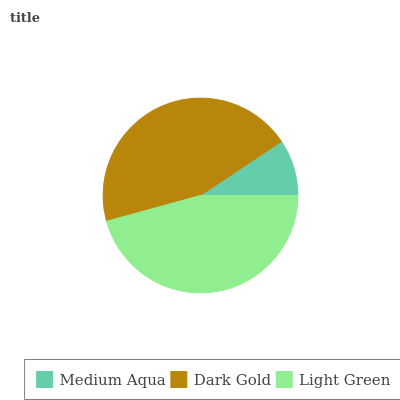
| Medium Aqua | Dark Gold | Light Green |
 | --- | --- | --- |
 | 9.37% | 44.9% | 45.7% |